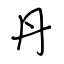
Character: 丹